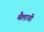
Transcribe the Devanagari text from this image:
मैलाची